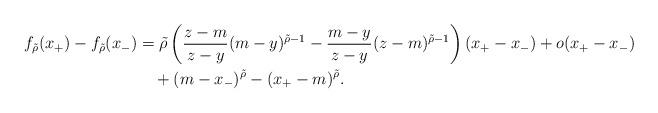
LaTeX: \begin{align*}f_{\tilde{\rho}}(x_+) - f_{\tilde{\rho}}(x_-) &= \tilde{\rho}\left(\frac{z-m}{z-y}(m-y)^{\tilde{\rho}-1} -\frac{m-y}{z-y}(z-m)^{\tilde{\rho}-1}\right)(x_+-x_-) + o(x_+-x_-)\\&\quad+ (m-x_-)^{\tilde{\rho}} -(x_+-m)^{\tilde{\rho}}.\end{align*}